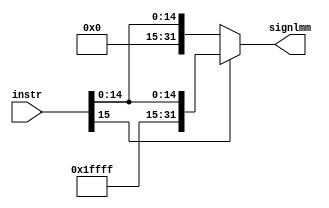
`timescale 1ns / 1ps
//////////////////////////////////////////////////////////////////////////////////
// Company: 
// Engineer: 
// 
// Design Name: 
// Module Name: sign_extend
// Project Name: 
// Target Devices: 
// Tool Versions: 
// Description: 
// 
// Dependencies: 
// 
// Revision:
// Revision 0.01 - File Created
// Additional Comments:
// 
//////////////////////////////////////////////////////////////////////////////////


module sign_extend(
    input [15:0] instr,
    output reg [31:0] signlmm
    );
    always@(*)begin
    if(instr[15])
        signlmm = {16'b1111111111111111, instr};
    else
        signlmm = {16'b0000000000000000, instr};
    end
endmodule